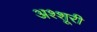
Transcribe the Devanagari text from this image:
अश्शूरी